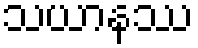
သယာနဿ